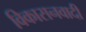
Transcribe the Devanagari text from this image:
विकासनवादी